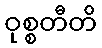
ဝုစ္စတီတိ